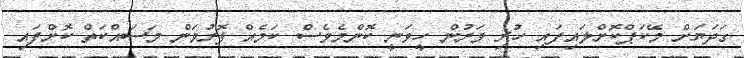
ގަދަޔަށް މޭކަޕްކޮށްލައިފައި ހުރި ވަރުން ހީވަނީ ކޮންމެވެސް ކަމެއް ފޮރުވަން މަސައްކަތް ކޮށްފައި